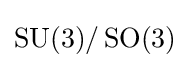
\operatorname {SU} (3)/\operatorname {SO} (3)